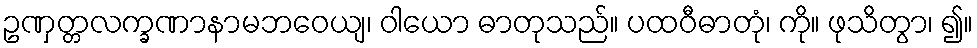
ဥဏှတ္တလက္ခဏာနာမဘဝေယျ၊ ဝါယော ဓာတုသည်။ ပထဝီဓာတုံ၊ ကို။ ဖုသိတွာ၊ ၍။